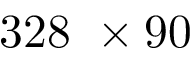
3 2 8 \ \times 9 0 \